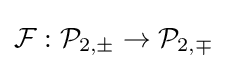
{\mathcal {F}}:{\mathcal {P}}_{2,\pm }\to {\mathcal {P}}_{2,\mp }